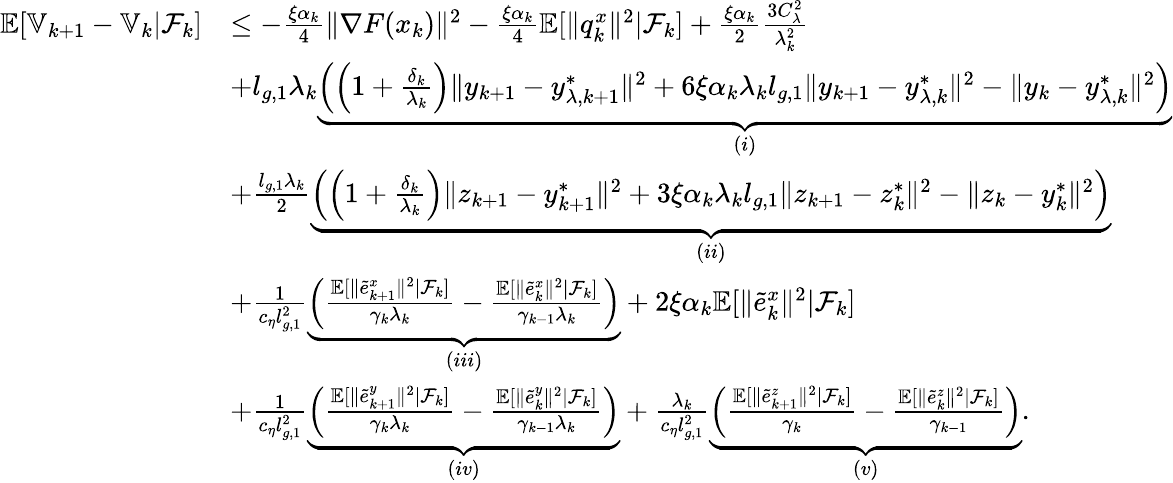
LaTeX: \begin{array}{rl}{\mathbb{E}[\mathbb{V}_{k+1}-\mathbb{V}_{k}|\mathcal{F}_{k}]}&{\le-\frac{\xi\alpha_{k}}{4}\| \nabla F(x_{k})\| ^{2}-\frac{\xi\alpha_{k}}{4}\mathbb{E}[\| q_{k}^{x}\| ^{2}|\mathcal{F}_{k}]+\frac{\xi\alpha_{k}}{2}\frac{3C_{\lambda}^{2}}{\lambda_{k}^{2}}}\\ &{+l_{g,1}\lambda_{k}\underbrace{\left(\left(1+\frac{\delta_{k}}{\lambda_{k}}\right)\| y_{k+1}-y_{\lambda,k+1}^{*}\| ^{2}+6\xi\alpha_{k}\lambda_{k}l_{g,1}\| y_{k+1}-y_{\lambda,k}^{*}\| ^{2}-\| y_{k}-y_{\lambda,k}^{*}\| ^{2}\right)}_{(i)}}\\ &{+\frac{l_{g,1}\lambda_{k}}{2}\underbrace{\left(\left(1+\frac{\delta_{k}}{\lambda_{k}}\right)\| z_{k+1}-y_{k+1}^{*}\| ^{2}+3\xi\alpha_{k}\lambda_{k}l_{g,1}\| z_{k+1}-z_{k}^{*}\| ^{2}-\| z_{k}-y_{k}^{*}\| ^{2}\right)}_{(ii)}}\\ &{+\frac{1}{c_{\eta}l_{g,1}^{2}}\underbrace{\left(\frac{\mathbb{E}[\| \tilde{e}_{k+1}^{x}\| ^{2}|\mathcal{F}_{k}]}{\gamma_{k}\lambda_{k}}-\frac{\mathbb{E}[\| \tilde{e}_{k}^{x}\| ^{2}|\mathcal{F}_{k}]}{\gamma_{k-1}\lambda_{k}}\right)}_{(iii)}+2\xi\alpha_{k}\mathbb{E}[\| \tilde{e}_{k}^{x}\| ^{2}|\mathcal{F}_{k}]}\\ &{+\frac{1}{c_{\eta}l_{g,1}^{2}}\underbrace{\left(\frac{\mathbb{E}[\| \tilde{e}_{k+1}^{y}\| ^{2}|\mathcal{F}_{k}]}{\gamma_{k}\lambda_{k}}-\frac{\mathbb{E}[\| \tilde{e}_{k}^{y}\| ^{2}|\mathcal{F}_{k}]}{\gamma_{k-1}\lambda_{k}}\right)}_{(iv)}+\frac{\lambda_{k}}{c_{\eta}l_{g,1}^{2}}\underbrace{\left(\frac{\mathbb{E}[\| \tilde{e}_{k+1}^{z}\| ^{2}|\mathcal{F}_{k}]}{\gamma_{k}}-\frac{\mathbb{E}[\| \tilde{e}_{k}^{z}\| ^{2}|\mathcal{F}_{k}]}{\gamma_{k-1}}\right)}_{(v)}.}\end{array}